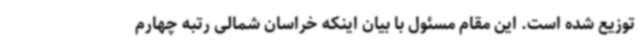
توزیع شده است. این مقام مسئول با بیان اینکه خراسان شمالی رتبه چهارم